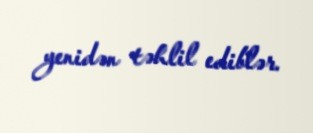
yenidən təhlil ediblər.